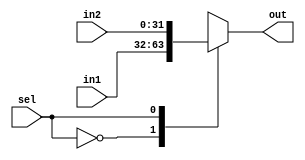
module Mux_2x1 #(parameter width = 31)
(
//---------------------- Input Ports ----------------------
input wire [width:0] in1,in2,

input wire sel,

//---------------------- Output Ports ----------------------
output reg [width:0] out

);

//---------------------- Code Start ----------------------
always @ (*)begin
case (sel)
1'b0: out = in1; //select first input if selection line has 0 on it
1'b1: out = in2; //select second input if selection line has 1 on it
endcase
end
endmodule